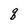
Character: q